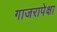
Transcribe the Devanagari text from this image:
गाजरापेक्षा